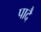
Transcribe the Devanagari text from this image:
पादै